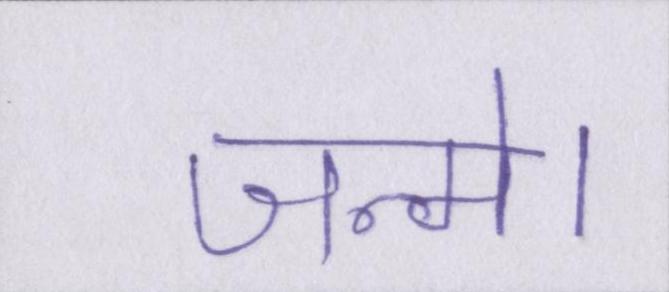
जन्मे।